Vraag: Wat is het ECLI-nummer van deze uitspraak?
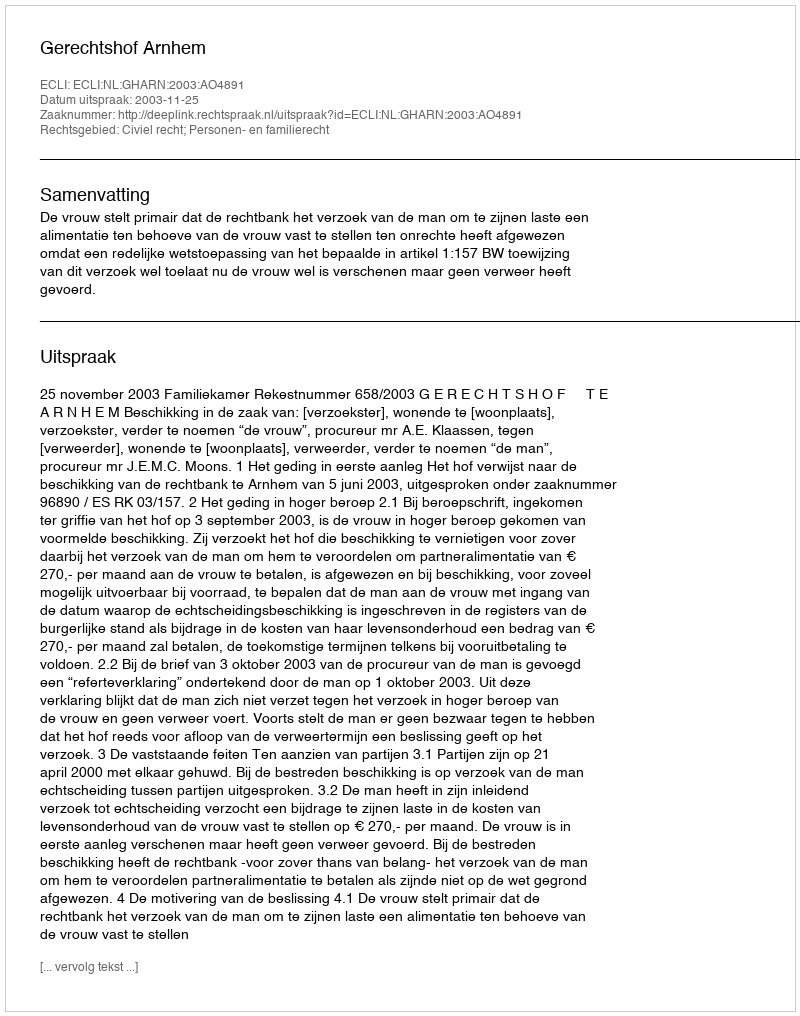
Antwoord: ECLI:NL:GHARN:2003:AO4891